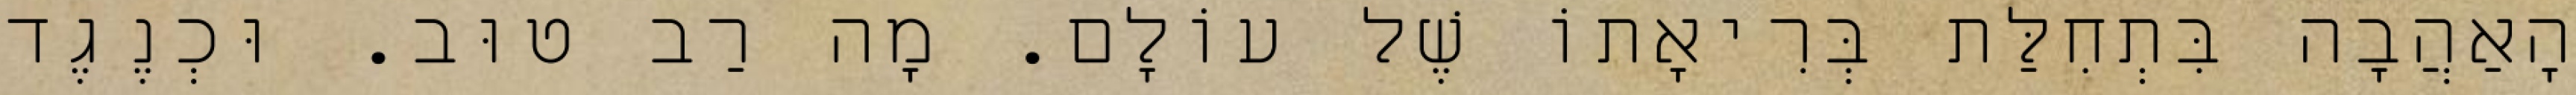
הָאַהֲבָה בִּתְחִלַּת בְּרִיאָתוֹ שֶׁל עוֹלָם. מָה רַב טוּב. וּכְנֶגֶד